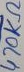
Text: 470KΩ